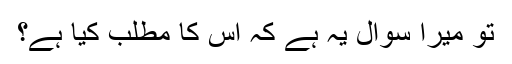
تو میرا سوال یہ ہے کہ اس کا مطلب کیا ہے؟